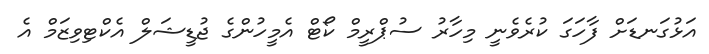
އަޅުގަނޑަށް ފާހަގަ ކުރެވެނީ މިހާރު ސުޕްރީމް ކޯޓް އެމީހުންގެ ޖުޑީޝަލް އެކްޓިވިޒަމް އެ